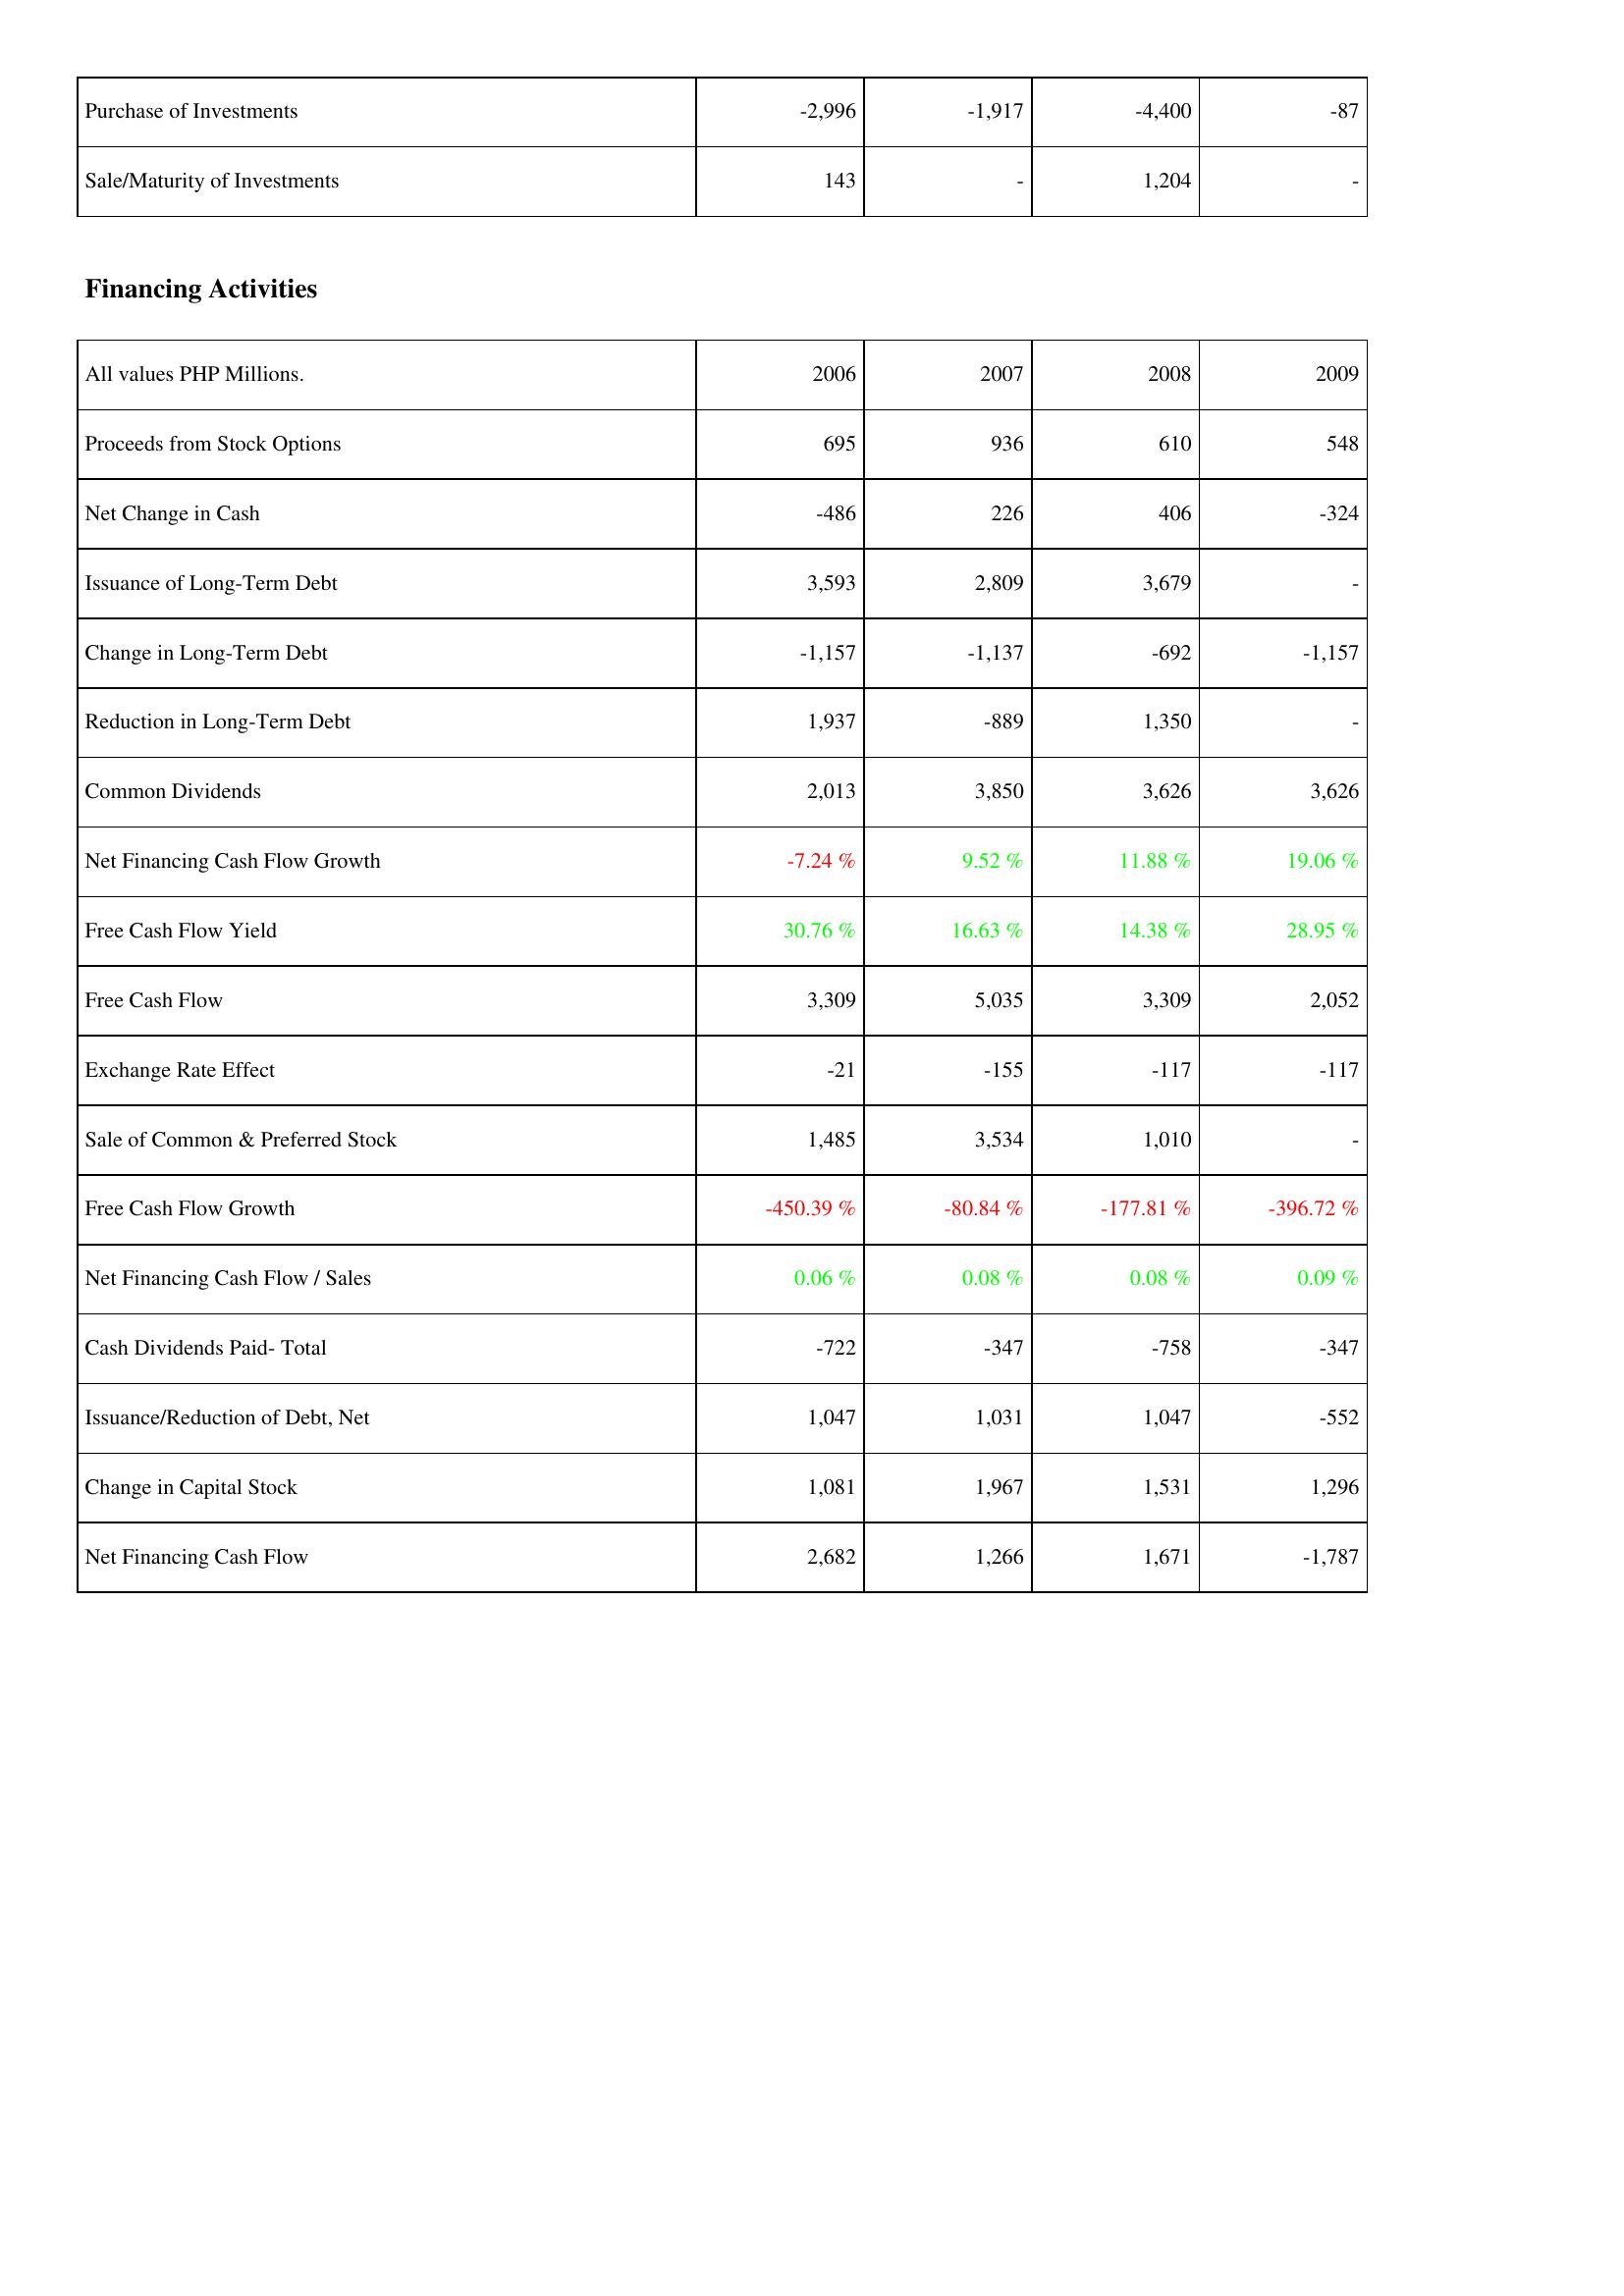
2006: Investing Activities: Purchase of Investments: -2,996
Sale/Maturity of Investments: 143
Financing Activities: Proceeds from Stock Options: 695
Net Change in Cash: -486
Issuance of Long-Term Debt: 3,593
Change in Long-Term Debt: -1,157
Reduction in Long-Term Debt: 1,937
Common Dividends: 2,013
Net Financing Cash Flow Growth: -7.24 %
Free Cash Flow Yield: 30.76 %
Free Cash Flow: 3,309
Exchange Rate Effect: -21
Sale of Common & Preferred Stock: 1,485
Free Cash Flow Growth: -450.39 %
Net Financing Cash Flow / Sales: 0.06 %
Cash Dividends Paid- Total: -722
Issuance/Reduction of Debt, Net: 1,047
Change in Capital Stock: 1,081
Net Financing Cash Flow: 2,682
2007: Investing Activities: Purchase of Investments: -1,917
Sale/Maturity of Investments: -
Financing Activities: Proceeds from Stock Options: 936
Net Change in Cash: 226
Issuance of Long-Term Debt: 2,809
Change in Long-Term Debt: -1,137
Reduction in Long-Term Debt: -889
Common Dividends: 3,850
Net Financing Cash Flow Growth: 9.52 %
Free Cash Flow Yield: 16.63 %
Free Cash Flow: 5,035
Exchange Rate Effect: -155
Sale of Common & Preferred Stock: 3,534
Free Cash Flow Growth: -80.84 %
Net Financing Cash Flow / Sales: 0.08 %
Cash Dividends Paid- Total: -347
Issuance/Reduction of Debt, Net: 1,031
Change in Capital Stock: 1,967
Net Financing Cash Flow: 1,266
2008: Investing Activities: Purchase of Investments: -4,400
Sale/Maturity of Investments: 1,204
Financing Activities: Proceeds from Stock Options: 610
Net Change in Cash: 406
Issuance of Long-Term Debt: 3,679
Change in Long-Term Debt: -692
Reduction in Long-Term Debt: 1,350
Common Dividends: 3,626
Net Financing Cash Flow Growth: 11.88 %
Free Cash Flow Yield: 14.38 %
Free Cash Flow: 3,309
Exchange Rate Effect: -117
Sale of Common & Preferred Stock: 1,010
Free Cash Flow Growth: -177.81 %
Net Financing Cash Flow / Sales: 0.08 %
Cash Dividends Paid- Total: -758
Issuance/Reduction of Debt, Net: 1,047
Change in Capital Stock: 1,531
Net Financing Cash Flow: 1,671
2009: Investing Activities: Purchase of Investments: -87
Sale/Maturity of Investments: -
Financing Activities: Proceeds from Stock Options: 548
Net Change in Cash: -324
Issuance of Long-Term Debt: -
Change in Long-Term Debt: -1,157
Reduction in Long-Term Debt: -
Common Dividends: 3,626
Net Financing Cash Flow Growth: 19.06 %
Free Cash Flow Yield: 28.95 %
Free Cash Flow: 2,052
Exchange Rate Effect: -117
Sale of Common & Preferred Stock: -
Free Cash Flow Growth: -396.72 %
Net Financing Cash Flow / Sales: 0.09 %
Cash Dividends Paid- Total: -347
Issuance/Reduction of Debt, Net: -552
Change in Capital Stock: 1,296
Net Financing Cash Flow: -1,787